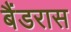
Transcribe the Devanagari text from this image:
बैंडरास